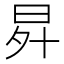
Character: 𭥧